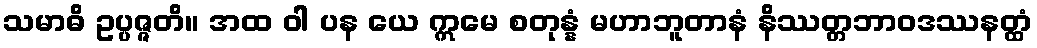
သမာဓိ ဥပ္ပဇ္ဇတိ။ အထ ဝါ ပန ယေ ဣမေ စတုန္နံ မဟာဘူတာနံ နိဿတ္တဘာဝဒဿနတ္ထံ